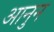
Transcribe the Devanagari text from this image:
आनुन